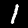
Digit: 1